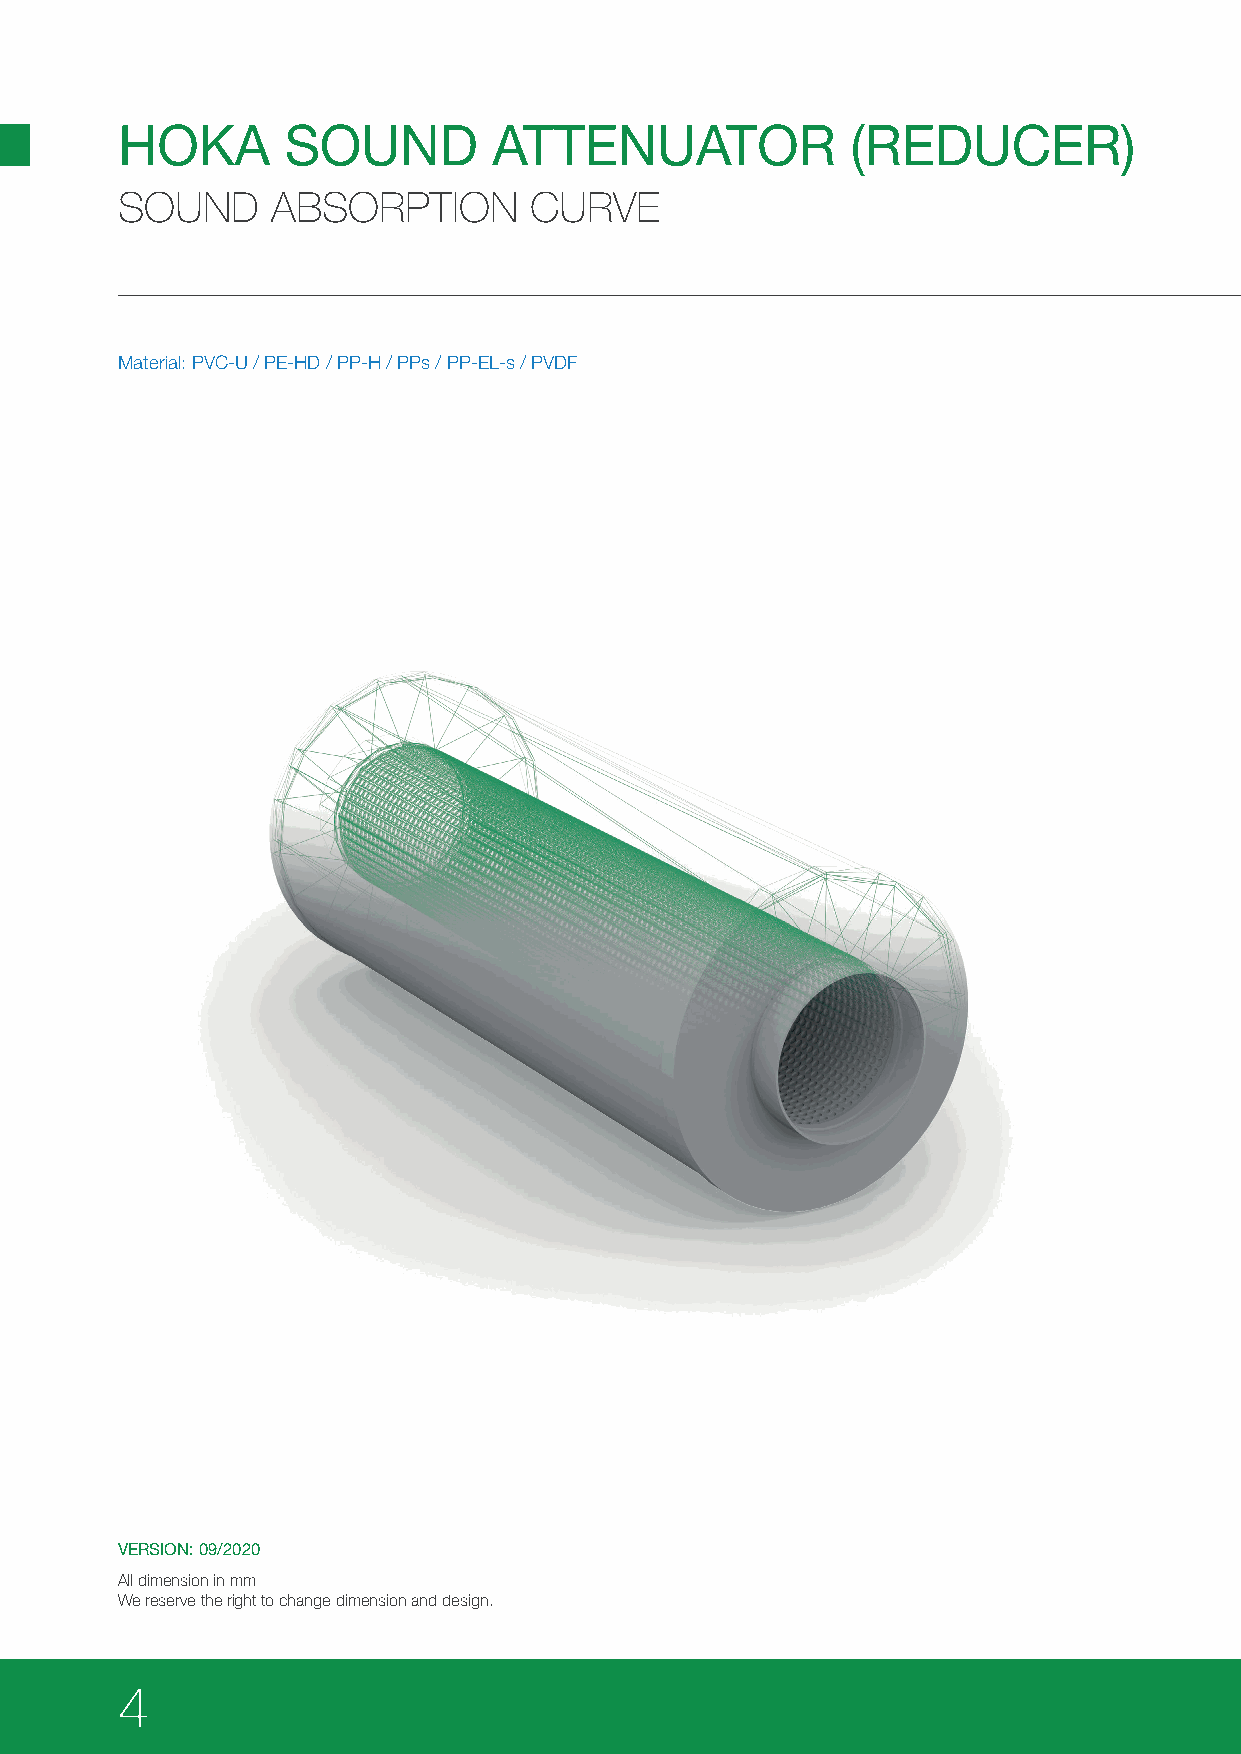
HOKA       SOUND         ATTENUATOR             (REDUCER)
 SOUND     ABSORPTION       CURVE
 Material: PVC-U / PE-HD / PP-H / PPs / PP-EL-s / PVDF
 VERSION: 09/2020
 All dimension in mm
 We reserve the right to change dimension and design.
 4